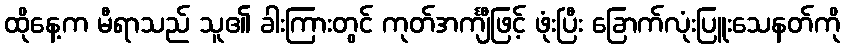
ထိုနေ့က မီရာသည် သူ၏ ခါးကြားတွင် ကုတ်အင်္ကျီဖြင့် ဖုံးပြီး ခြောက်လုံးပြူးသေနတ်ကို